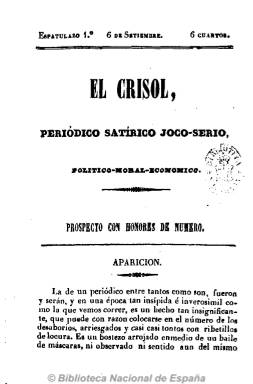
Título: El Crisol (Madrid. 1842)
Otros títulos: Crisol del alquimista
Colección: Revistas satíricas y humorísticas || Periódicos anteriores a 1850
Ámbito geográfico: Madrid
Lugar de publicación: Madrid
Fechas: 06/09/1842-20/09/1842

Subtitulado “Periódico satírico joco-serio, político-moral-económico”, es continuación de El alquimista, que había publicado dieciséis números desde el cuatro de junio al 27 de agosto de 1842. Este aparece el cuatro de septiembre, con el mismo formato, número de páginas –dieciséis- y editor responsable, M. Charni. En su artículo de presentación señala que “moralidad y seguridad, derechos y decoro, pueblo, gobierno y trono, opinión e instituciones son nueve palabras distintas y un solo engaño muy verdadero”, y se muestra contrario tanto de moderados como de progresistas y, en definitiva de los liberales, abogando por la “bandera” de la reconciliación, se supone que entre isabelinos y carlistas.

Sus contenidos son artículos, algunos de ellos dialogados, y gacetillas o crónicas sobre los acontecimientos políticos del momento, escritos en tono sarcástico y crítico, en especial contra el regente Espartero. De periodicidad bisemanal (martes y viernes) publica sólo cuatro números, que denomina “espatulazos”, hasta el 20 de septiembre de mismo año.